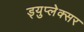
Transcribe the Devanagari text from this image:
ड्युप्लेक्सर